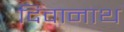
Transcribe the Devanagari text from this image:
दिवानाथ